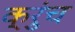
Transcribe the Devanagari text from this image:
क्रुंच